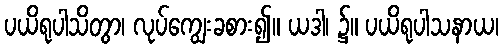
ပယိရုပါသိတွာ၊ လုပ်ကျွေးခစား၍။ ယဒါ၊ ၌။ ပယိရုပါသနာယ၊